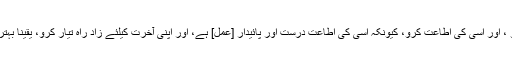
تقوی الہی اختیار کرو ، اور اسی کی اطاعت کرو، کیونکہ اسی کی اطاعت درست اور پائیدار [عمل] ہے، اور اپنی آخرت کیلئے زادِ راہ تیار کرو، یقینا بہترین زادِ راہ تقوی ہے۔